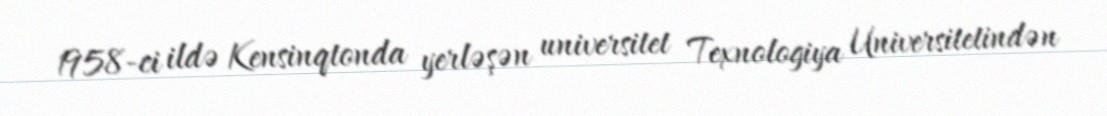
1958-ci ildə Kensinqtonda yerləşən universitet Texnologiya Universitetindən